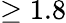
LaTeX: \geq 1.8